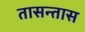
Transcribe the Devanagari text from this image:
तासन्तास